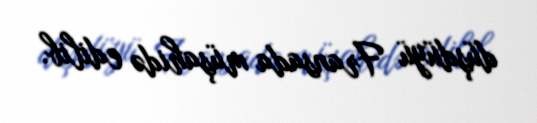
düşdüyü Fransada müşahidə edilib.